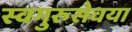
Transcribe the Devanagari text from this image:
स्वगुरुसेवया